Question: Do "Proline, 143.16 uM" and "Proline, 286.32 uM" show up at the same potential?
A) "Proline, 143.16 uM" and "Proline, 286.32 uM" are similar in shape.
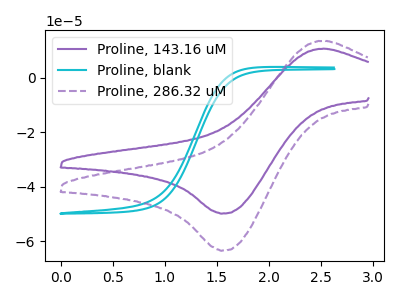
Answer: <think>The purple curve "Proline, 143.16 uM" has an anodic peak at (2.50V, 10.70uA) and a cathodic peak at (1.55V, -49.90uA). The cyan curve "Proline, blank" has no peaks. The purple dashed curve "Proline, 286.32 uM" has an anodic peak at (2.50V, 13.65uA) and a cathodic peak at (1.55V, -63.55uA).
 All the peaks in "Proline, 143.16 uM" have a peak in "Proline, 286.32 uM" at the same potential. Every peak in "Proline, 143.16 uM" is lower than every peak in "Proline, 286.32 uM".</think>
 <answer>A) "Proline, 143.16 uM" and "Proline, 286.32 uM" are similar in shape.</answer>
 <eval>A</eval>